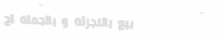
بيع بالتجزئة و بالجملة لج